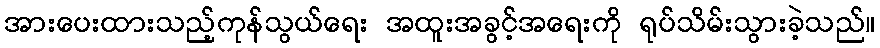
အားပေးထားသည့်ကုန်သွယ်ရေး အထူးအခွင့်အရေးကို ရုပ်သိမ်းသွားခဲ့သည်။